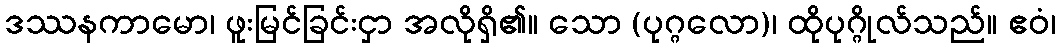
ဒဿနကာမော၊ ဖူးမြင်ခြင်းငှာ အလိုရှိ၏။ သော (ပုဂ္ဂလော)၊ ထိုပုဂ္ဂိုလ်သည်။ ဧဝံ၊